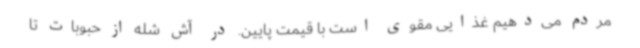
مردم می‌دهیم غذایی مقوی است با قیمت پایین. در آش شله از حبوبات تا